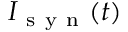
I _ { \mathrm { ~ s ~ y ~ n ~ } } ( t )